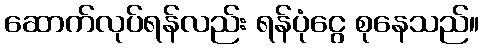
ဆောက်လုပ်ရန်လည်း ရန်ပုံငွေ စုနေသည်။